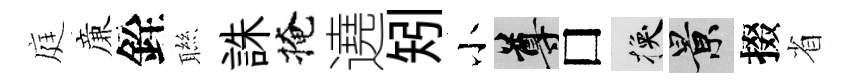
庭亷銓聮誅掩遶矧小尊□换景掇省